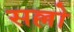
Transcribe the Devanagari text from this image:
सल्लो